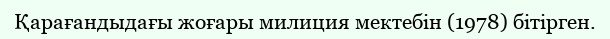
Қарағандыдағы жоғары милиция мектебін (1978) бітірген.